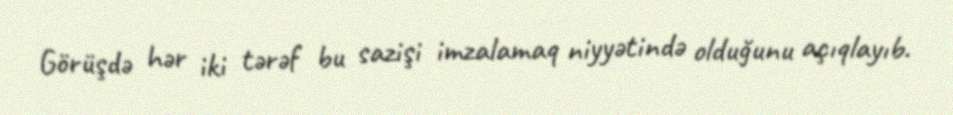
Görüşdə hər iki tərəf bu sazişi imzalamaq niyyətində olduğunu açıqlayıb.